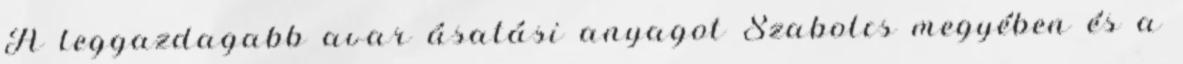
A leggazdagabb avar ásatási anyagot Szabolcs megyében és a